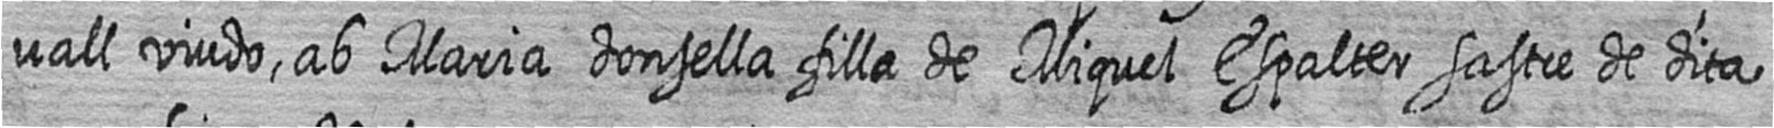
vall viudo ab Maria donsella filla de Miquel Espalter sastre de dita